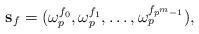
LaTeX: \begin{align*}\mathbf{s}_{f}=(\omega_{p}^{f_{0}},\omega_{p}^{f_{1}},\ldots,\omega_{p}^{f_{p^m-1}}),\end{align*}